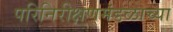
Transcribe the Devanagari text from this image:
परिनिरीक्षणमंडळाच्या